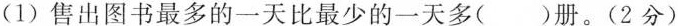
(1) 售出图书最多的一天比最少的一天多( )册。(2分)